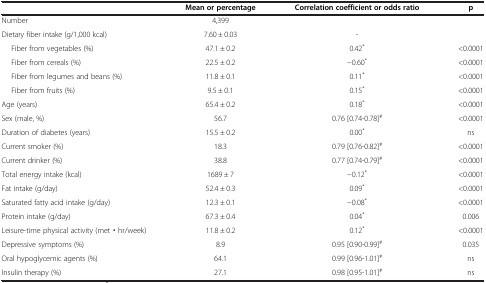
<table><thead><tr><td><b> </b></td><td><b>Mean or percentage</b></td><td><b>Correlation coefficient or odds ratio</b></td><td><b>p</b></td></tr></thead><tbody><tr><td>Number</td><td>4,399</td><td> </td><td> </td></tr><tr><td>Dietary fiber intake (g/1,000 kcal)</td><td>7.60 ± 0.03</td><td>-</td><td> </td></tr><tr><td>Fiber from vegetables (%)</td><td>47.1 ± 0.2</td><td>0.42<sup>*</sup></td><td>&lt;0.0001</td></tr><tr><td>Fiber from cereals (%)</td><td>22.5 ± 0.2</td><td>−0.60<sup>*</sup></td><td>&lt;0.0001</td></tr><tr><td>Fiber from legumes and beans (%)</td><td>11.8 ± 0.1</td><td>0.11<sup>*</sup></td><td>&lt;0.0001</td></tr><tr><td>Fiber from fruits (%)</td><td>9.5 ± 0.1</td><td>0.15<sup>*</sup></td><td>&lt;0.0001</td></tr><tr><td>Age (years)</td><td>65.4 ± 0.2</td><td>0.18<sup>*</sup></td><td>&lt;0.0001</td></tr><tr><td>Sex (male, %)</td><td>56.7</td><td>0.76 [0.74-0.78]<sup>#</sup></td><td>&lt;0.0001</td></tr><tr><td>Duration of diabetes (years)</td><td>15.5 ± 0.2</td><td>0.00<sup>*</sup></td><td>ns</td></tr><tr><td>Current smoker (%)</td><td>18.3</td><td>0.79 [0.76-0.82]<sup>#</sup></td><td>&lt;0.0001</td></tr><tr><td>Current drinker (%)</td><td>38.8</td><td>0.77 [0.74-0.79]<sup>#</sup></td><td>&lt;0.0001</td></tr><tr><td>Total energy intake (kcal)</td><td>1689 ± 7</td><td>−0.12<sup>*</sup></td><td>&lt;0.0001</td></tr><tr><td>Fat intake (g/day)</td><td>52.4 ± 0.3</td><td>0.09<sup>*</sup></td><td>&lt;0.0001</td></tr><tr><td>Saturated fatty acid intake (g/day)</td><td>12.3 ± 0.1</td><td>−0.08<sup>*</sup></td><td>&lt;0.0001</td></tr><tr><td>Protein intake (g/day)</td><td>67.3 ± 0.4</td><td>0.04<sup>*</sup></td><td>0.006</td></tr><tr><td>Leisure-time physical activity (met▪hr/week)</td><td>11.8 ± 0.2</td><td>0.12<sup>*</sup></td><td>&lt;0.0001</td></tr><tr><td>Depressive symptoms (%)</td><td>8.9</td><td>0.95 [0.90-0.99]<sup>#</sup></td><td>0.035</td></tr><tr><td>Oral hypoglycemic agents (%)</td><td>64.1</td><td>0.99 [0.96-1.01]<sup>#</sup></td><td>ns</td></tr><tr><td>Insulin therapy (%)</td><td>27.1</td><td>0.98 [0.95-1.01]<sup>#</sup></td><td>ns</td></tr></tbody></table>